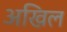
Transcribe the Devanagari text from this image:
अखिल